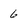
Character: 6